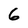
Character: 6